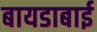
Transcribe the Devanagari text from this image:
बायडाबाई